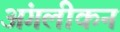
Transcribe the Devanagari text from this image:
अंगलीकन